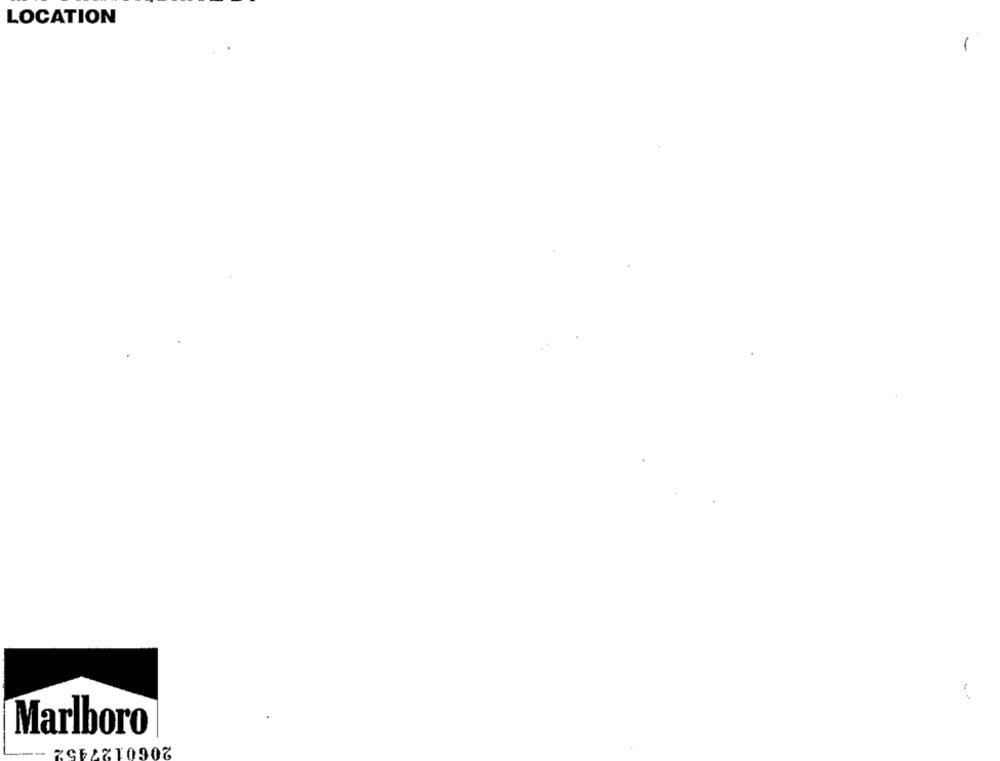
LOCATION
-
Marlboro
2060127452